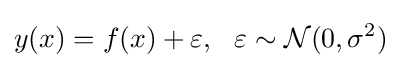
y(x)=f(x)+\varepsilon ,\ \ \varepsilon \sim {\mathcal {N}}(0,\sigma ^{2})